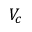
V _ { c }